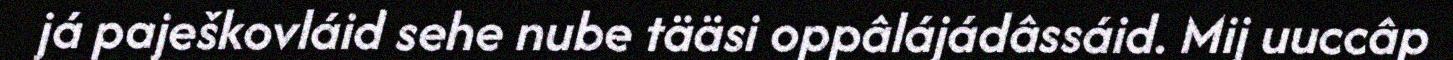
já paješkovláid sehe nube tääsi oppâlájádâssáid. Mij uuccâp